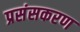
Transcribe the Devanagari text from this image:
प्रसंसकरण